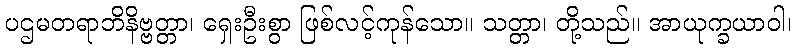
ပဌမတရာဘိနိဗ္ဗတ္တာ၊ ရှေးဦးစွာ ဖြစ်လင့်ကုန်သော။ သတ္တာ၊ တို့သည်။ အာယုက္ခယာဝါ၊